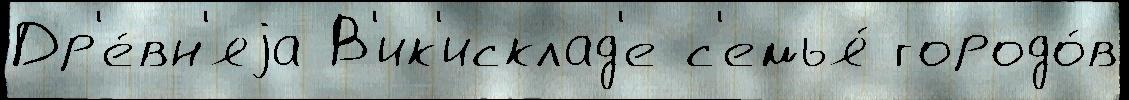
Др'е́вн'яjа В'ик'исклад'е с'емья́ городо́в